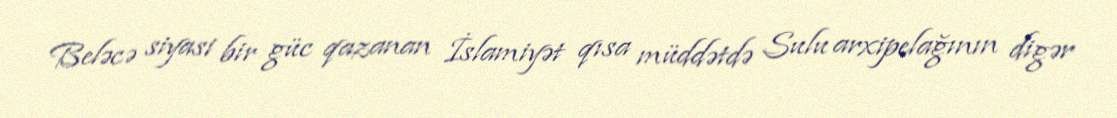
Beləcə siyasi bir güc qazanan İslamiyət qısa müddətdə Sulu arxipelağının digər